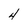
Character: 4